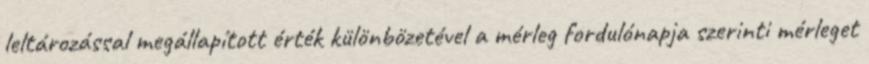
leltározással megállapított érték különbözetével a mérleg fordulónapja szerinti mérleget